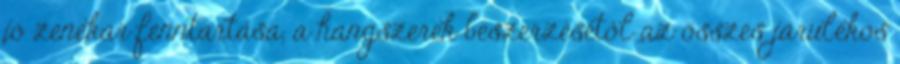
jó zenekar fenntartása, a hangszerek beszerzésétől az összes járulékos